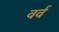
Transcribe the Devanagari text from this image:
वर्व